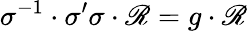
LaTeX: \sigma^{-1}\cdot\sigma^{\prime}\sigma\cdot\mathscr{R}=g\cdot\mathscr{R}